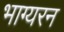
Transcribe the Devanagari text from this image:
भाग्यरन